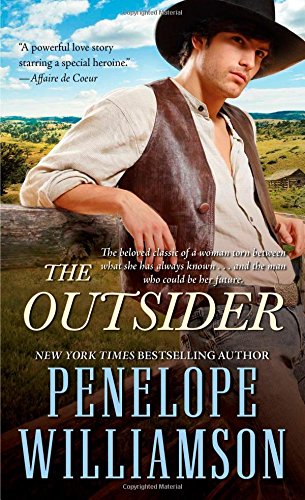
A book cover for The Outsider; Penelope Williamson; Romance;